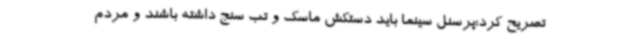
تصریح کرد:پرسنل سینما باید دستکش ماسک و تب سنج داشته باشند و مردم